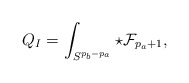
\begin{align*}Q_I=\int_{S^{p_b-p_a}}\star{\cal F}_{p_a+1}, \end{align*}